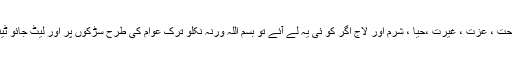
سب کچھ آیا نہیں آئی تو خوشخالی ، تعلیم ، صحت ، عزت ، غیرت ،حیا ، شرم اور لاج اگر کو ئی یہ لے آئے تو بسم اللہ ورنہ نکلو ترک عوام کی طرح سڑکوں پر اور لیٹ جائو ٹینک نما پیٹ کے آگے کہ ساڈا حق ایتھے رکھ۔